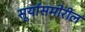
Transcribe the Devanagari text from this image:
सूर्यासमोरील